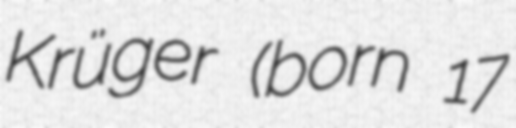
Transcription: Krüger (born 17